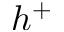
h ^ { + }